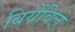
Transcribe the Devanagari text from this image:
बियेंविले